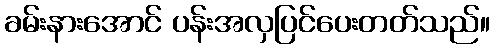
ခမ်းနားအောင် ပန်းအလှပြင်ပေးတတ်သည်။